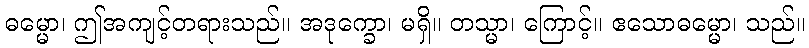
ဓမ္မော၊ ဤအကျင့်တရားသည်။ အဒုက္ခော၊ မရှိ။ တသ္မာ၊ ကြောင့်။ ဧသောဓမ္မော၊ သည်။